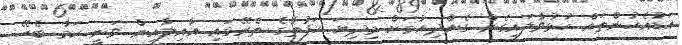
އަޑުއެހުންތައް ހުޅުވާލައިގެން ގެންދިއުމަށް މިދިޔަ ހަފުތާގެ ތެރޭގައި އާއިލާއިން ވަނީ ކަމާ ބެހޭ